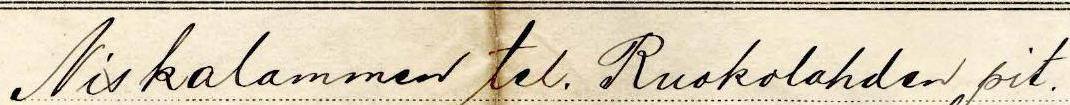
Niskalammen tel. Ruokolahden pit.